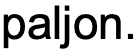
paljon.